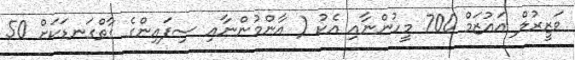
ވަޒީރުލް އަޢުޒަމް 700 މީހުންނާއި އެކު ( އާންމުންނާއި ސިފައިންގެ ގާތްގަނޑަކަށް 50